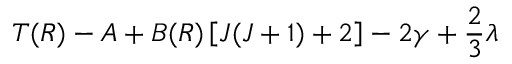
T ( R ) - A + B ( R ) \left[ J ( J + 1 ) + 2 \right] - 2 \ensuremath { \gamma } + \frac { 2 } { 3 } \ensuremath { \lambda }